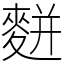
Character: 䴵